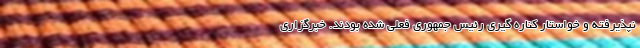
نپذیرفته و خواستار کناره گیری رئیس جمهوری فعلی شده بودند. خبرگزاری